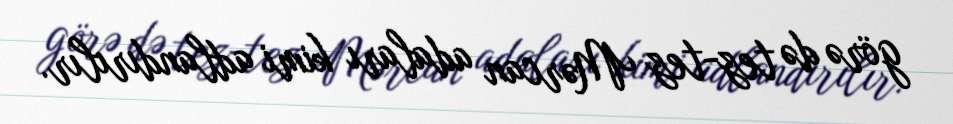
görə də tez-tez Mərcan adaları kimi adlandırılır.